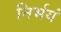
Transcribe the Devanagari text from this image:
निर्भयं